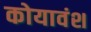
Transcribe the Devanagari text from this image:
कोयावंश